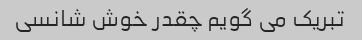
تبریک می گویم چقدر خوش شانسی